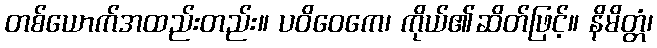
တစ်ယောက်အထည်းတည်း။ ပဝိဝေကေ၊ ကိုယ်၏ဆိတ်ဖြင့်။ နိမိတ္တံ၊